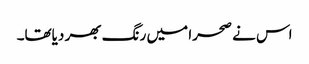
اس نے صحرا میں رنگ بھر دیاتھا۔